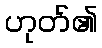
ဟုတ်၏